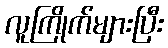
လူကြိုက်များပြီး